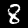
Label: 8